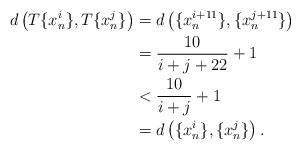
LaTeX: \begin{align*}d\left(T \{x_n^i\},T \{x_n^j\}\right) &= d\left( \{x_n^{i+11}\}, \{x_n^{j+11}\}\right)\\&= \frac{10}{i+j+22}+1\\&< \frac{10}{i+j}+1\\&= d\left(\{x_n^i\},\{x_n^j\}\right).\end{align*}